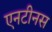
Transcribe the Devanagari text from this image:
एनटीनस